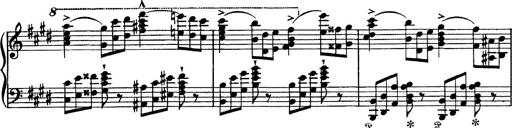
Title: Tarantelle di bravura dâ€™aprÃ¨s la tarantelle de La muette de Portici
Composer: Franz Liszt